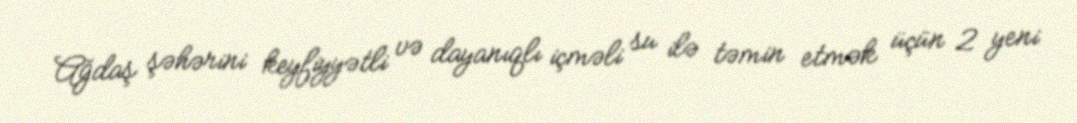
Ağdaş şəhərini keyfiyyətli və dayanıqlı içməli su ilə təmin etmək üçün 2 yeni